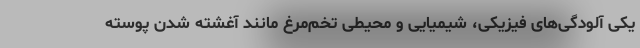
یکی آلودگی‌های فیزیکی، شیمیایی و محیطی تخم‌مرغ مانند آغشته شدن پوسته